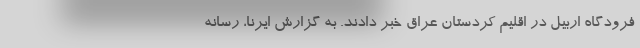
فرودگاه اربیل در اقلیم کردستان عراق خبر دادند. به گزارش ایرنا، رسانه